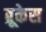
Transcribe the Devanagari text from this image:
ब्रूकेस